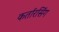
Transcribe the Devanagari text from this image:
कर्तारसिंग